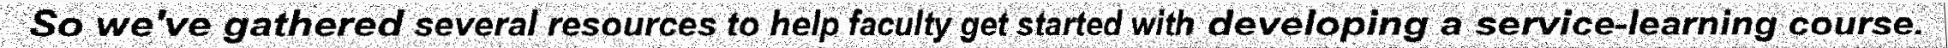
So we've gathered several resources to help faculty get started with developing a service-learning course.